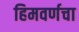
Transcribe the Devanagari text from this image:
हिमवर्णचा